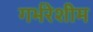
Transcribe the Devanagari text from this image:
गर्भरेशीम